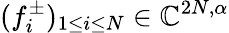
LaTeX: (f_{i}^{\pm})_{1\leq i\leq N}\in\mathbb{C}^{2N,\alpha}